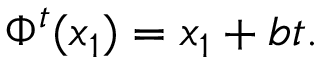
\Phi ^ { t } ( x _ { 1 } ) = x _ { 1 } + b t .